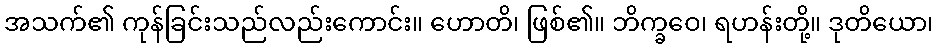
အသက်၏ ကုန်ခြင်းသည်လည်းကောင်း။ ဟောတိ၊ ဖြစ်၏။ ဘိက္ခဝေ၊ ရဟန်းတို့။ ဒုတိယော၊